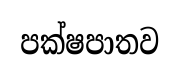
පක්ෂපාතව